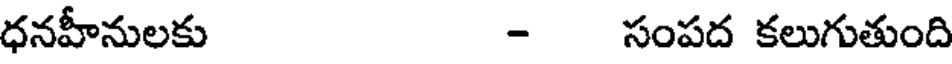
ధనహీనులకు - సంపద కలుగుతుంది